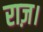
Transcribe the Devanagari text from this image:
राज़।